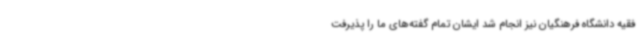
فقیه دانشگاه فرهنگیان نیز انجام شد ایشان تمام گفته‌های ما را پذیرفت